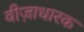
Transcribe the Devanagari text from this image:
वीज़ाधारक